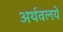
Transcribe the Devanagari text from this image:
अर्थवलये